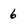
Character: 6